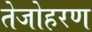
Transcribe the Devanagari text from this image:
तेजोहरण